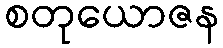
စတုယောဇန